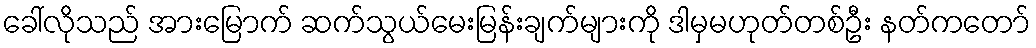
ခေါ်လိုသည် အားမြောက် ဆက်သွယ်မေးမြန်းချက်များကို ဒါမှမဟုတ်တစ်ဦး နတ်ကတော်